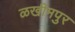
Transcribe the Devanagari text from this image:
ळखीमपुर